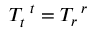
T _ { t } ^ { ~ t } = T _ { r } ^ { ~ r }